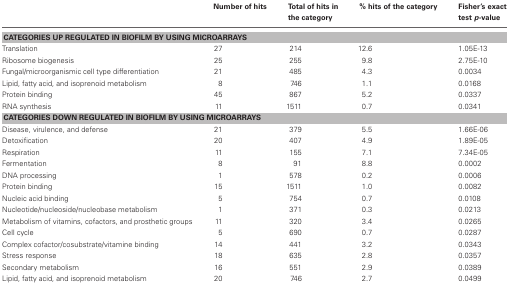
<table><thead><tr><td></td><td><b>Number of hits</b></td><td><b>Total of hits in the category</b></td><td><b>% hits of the category</b></td><td><b>Fisher&#x27;s exact test <i>p</i>-value</b></td></tr></thead><tbody><tr><td colspan="5"><b>CATEGORIES UP REGULATED IN BIOFILM BY USING MICROARRAYS</b></td></tr><tr><td>Translation</td><td>27</td><td>214</td><td>12.6</td><td>1.05E-13</td></tr><tr><td>Ribosome biogenesis</td><td>25</td><td>255</td><td>9.8</td><td>2.75E-10</td></tr><tr><td>Fungal/microorganismic cell type differentiation</td><td>21</td><td>485</td><td>4.3</td><td>0.0034</td></tr><tr><td>Lipid, fatty acid, and isoprenoid metabolism</td><td>8</td><td>746</td><td>1.1</td><td>0.0168</td></tr><tr><td>Protein binding</td><td>45</td><td>867</td><td>5.2</td><td>0.0337</td></tr><tr><td>RNA synthesis</td><td>11</td><td>1511</td><td>0.7</td><td>0.0341</td></tr><tr><td colspan="5"><b>CATEGORIES DOWN REGULATED IN BIOFILM BY USING MICROARRAYS</b></td></tr><tr><td>Disease, virulence, and defense</td><td>21</td><td>379</td><td>5.5</td><td>1.66E-06</td></tr><tr><td>Detoxification</td><td>20</td><td>407</td><td>4.9</td><td>1.89E-05</td></tr><tr><td>Respiration</td><td>11</td><td>155</td><td>7.1</td><td>7.34E-05</td></tr><tr><td>Fermentation</td><td>8</td><td>91</td><td>8.8</td><td>0.0002</td></tr><tr><td>DNA processing</td><td>1</td><td>578</td><td>0.2</td><td>0.0006</td></tr><tr><td>Protein binding</td><td>15</td><td>1511</td><td>1.0</td><td>0.0082</td></tr><tr><td>Nucleic acid binding</td><td>5</td><td>754</td><td>0.7</td><td>0.0108</td></tr><tr><td>Nucleotide/nucleoside/nucleobase metabolism</td><td>1</td><td>371</td><td>0.3</td><td>0.0213</td></tr><tr><td>Metabolism of vitamins, cofactors, and prosthetic groups</td><td>11</td><td>320</td><td>3.4</td><td>0.0265</td></tr><tr><td>Cell cycle</td><td>5</td><td>690</td><td>0.7</td><td>0.0287</td></tr><tr><td>Complex cofactor/cosubstrate/vitamine binding</td><td>14</td><td>441</td><td>3.2</td><td>0.0343</td></tr><tr><td>Stress response</td><td>18</td><td>635</td><td>2.8</td><td>0.0357</td></tr><tr><td>Secondary metabolism</td><td>16</td><td>551</td><td>2.9</td><td>0.0389</td></tr><tr><td>Lipid, fatty acid, and isoprenoid metabolism</td><td>20</td><td>746</td><td>2.7</td><td>0.0499</td></tr></tbody></table>